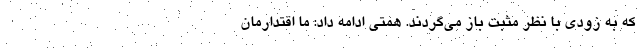
که به زودی با نظر مثبت باز می‌گردند. همتی ادامه داد: ما اقتدارمان